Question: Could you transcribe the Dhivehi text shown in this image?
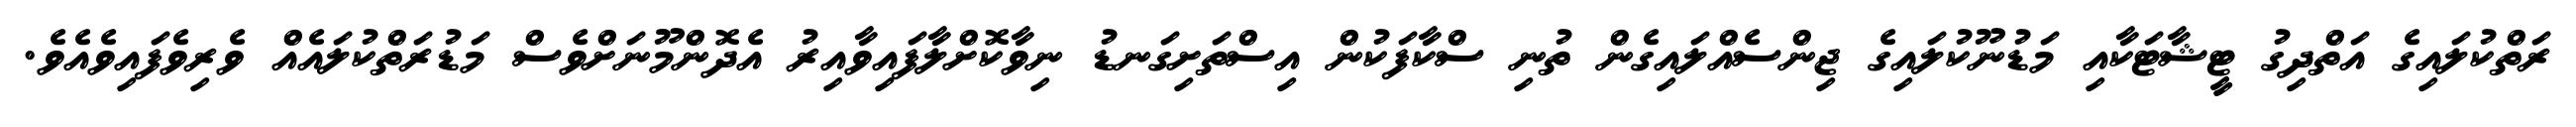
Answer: ރަތްކުލައިގެ އަތްދިގު ޓީޝާޓަކާއި މަޑުނޫކުލައިގެ ޖިންސެއްލައިގެން ތުނި ސްކާފަކުން އިސްތަށިގަނޑު ނިވާކޮށްލާފައިވާއިރު އެދޮންމޫނަށްވެސް މަޑުރަތްކުލައެއް ވެރިވެފައިވެއެވެ.